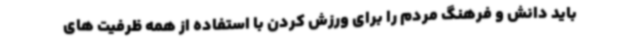
باید دانش و فرهنگ مردم را برای ورزش کردن با استفاده از همه ظرفیت های